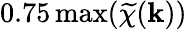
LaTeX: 0.75\operatorname*{max}(\widetilde{\chi}(\mathbf{k}))